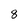
Character: 8